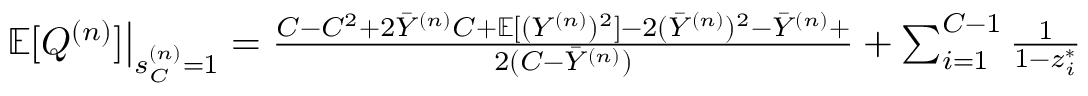
\begin{array} { r } { \left. \mathbb { E } [ Q ^ { ( n ) } ] \right\vert _ { s _ { C } ^ { ( n ) } = 1 } = \frac { C - C ^ { 2 } + 2 \Bar { Y } ^ { ( n ) } C + \mathbb { E } [ ( { Y } ^ { ( n ) } ) ^ { 2 } ] - 2 ( \Bar { Y } ^ { ( n ) } ) ^ { 2 } - \Bar { Y } ^ { ( n ) } + } { 2 ( C - \Bar { Y } ^ { ( n ) } ) } + \sum _ { i = 1 } ^ { C - 1 } \frac { 1 } { 1 - z _ { i } ^ { * } } } \end{array}